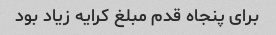
برای پنجاه قدم مبلغ کرایه زیاد بود